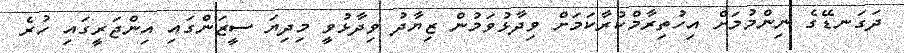
ދަގަނޑޭގެ ނިންމުމަށް އިހުތިރާމްކުރާކަމަށް ވިދާޅުވަމުން ޒިޔާދު ވިދާޅުވީ މިދިޔަ ސީޒަންގައި އިންޖަރީގައި ހުރެ